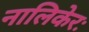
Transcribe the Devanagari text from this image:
नालिकेरः